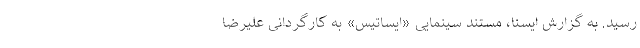
رسید. به گزارش ایسنا، مستند سینمایی «ایساتیس» به کارگردانی علیرضا